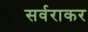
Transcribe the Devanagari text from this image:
सर्वराकर